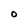
Character: O